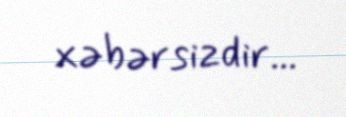
xəbərsizdir...